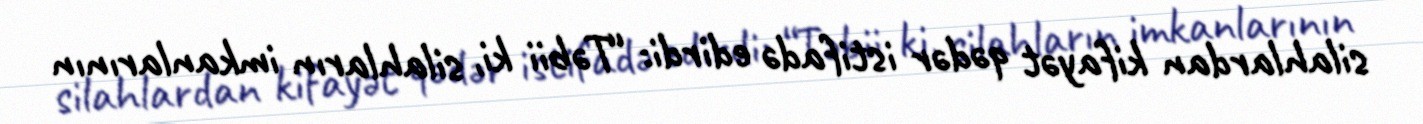
silahlardan kifayət qədər istifadə edirdi: “Təbii ki, silahların imkanlarının